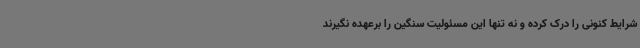
شرایط کنونی را درک کرده و نه تنها این مسئولیت سنگین را برعهده نگیرند